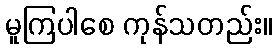
မူကြပါစေ ကုန်သတည်း။